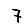
Digit: 7